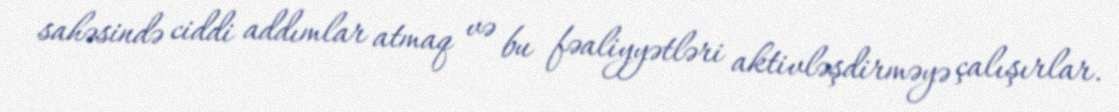
sahəsində ciddi addımlar atmaq və bu fəaliyyətləri aktivləşdirməyə çalışırlar.